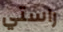
راستي